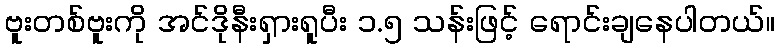
ဗူးတစ်ဗူးကို အင်ဒိုနီးရှားရူပီး ၁.၅ သန်းဖြင့် ရောင်းချနေပါတယ်။